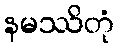
နမဿိတုံ